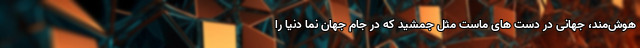
هوش‌مند، جهانی در دست های ماست مثل جمشید که در جام جهان نما دنیا را